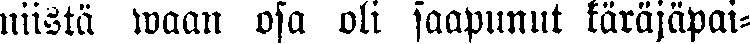
niistä waan osa oli saapunut käräjäpai-